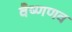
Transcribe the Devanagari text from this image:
वैष्णणव